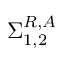
\Sigma _ { 1 , 2 } ^ { R , A }